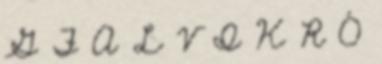
G F A L V I K R Ó